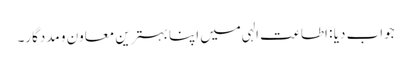
جواب دیا : اطاعت الہی میں اپنا بہترین معاون و مددگار۔